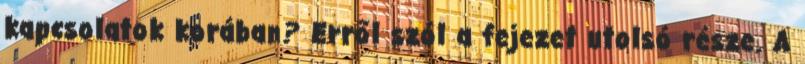
kapcsolatok korában? Erről szól a fejezet utolsó része. A